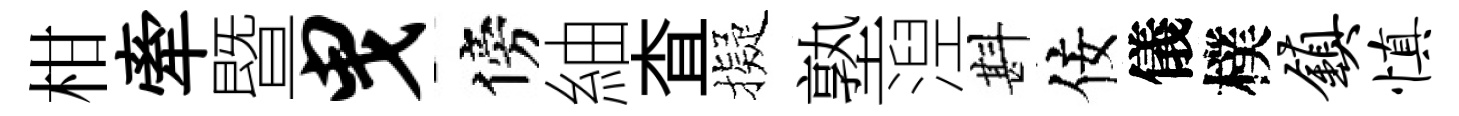
柑牽暨曳傍紬查擬塾湼斟佞儀樸镇慎